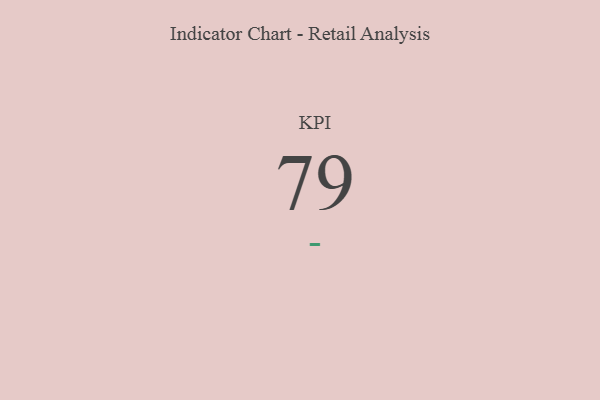
{"axis": {"x": "KPI", "y": "Value"}, "legend": [""], "data": [{"x": "KPI", "y": 79, "type": ""}]}